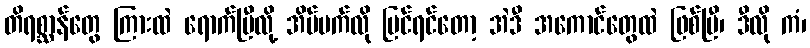
တိရစ္ဆာန်တွေ ကြားထဲ ရောက်ပြီလို့ အိမ်မက်လို မြင်ရင်တော့ အဲဒီ အကောင်တွေထဲ ဖြစ်ပြီ၊ ဒီလို ကံ၊